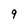
Character: 9